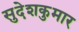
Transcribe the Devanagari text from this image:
सुदेशकुमार